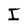
Character: I